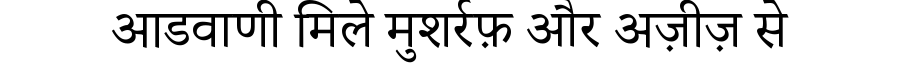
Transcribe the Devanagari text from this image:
आडवाणी मिले मुशर्रफ़ और अज़ीज़ से